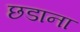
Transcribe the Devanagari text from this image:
छडाना